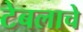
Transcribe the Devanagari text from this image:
टेबलाचे